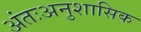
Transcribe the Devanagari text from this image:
अंतःअनुशासिक